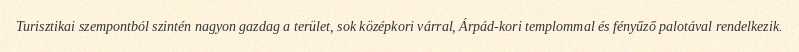
Turisztikai szempontból szintén nagyon gazdag a terület, sok középkori várral, Árpád-kori templommal és fényűző palotával rendelkezik.